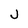
Character: j